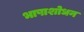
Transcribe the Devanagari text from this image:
भाषाशोधन